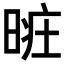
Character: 𣈐